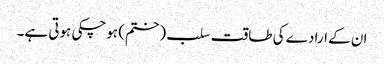
ان کے ارادے کی طاقت سلب (ختم) ہوچکی ہوتی ہے۔